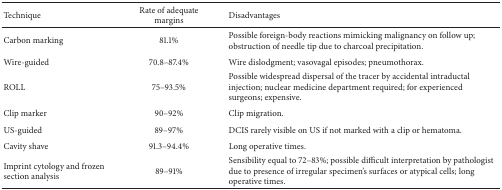
| Technique | Rate of adequate margins | Disadvantages |
 | --- | --- | --- |
 | Carbon marking | 81.1% | Possible foreign-body reactions mimicking malignancy on follow up; obstruction of needle tip due to charcoal precipitation. |
 | Wire-guided | 70.8–87.4% | Wire dislodgment; vasovagal episodes; pneumothorax. |
 | ROLL | 75–93.5% | Possible widespread dispersal of the tracer by accidental intraductal injection; nuclear medicine department required; for experienced surgeons; expensive. |
 | Clip marker | 90–92% | Clip migration. |
 | US-guided | 89–97% | DCIS rarely visible on US if not marked with a clip or hematoma. |
 | Cavity shave | 91.3–94.4% | Long operative times. |
 | Imprint cytology and frozen section analysis | 89–91% | Sensibility equal to 72–83%; possible difficult interpretation by pathologist due to presence of irregular specimen's surfaces or atypical cells; long operative times. |